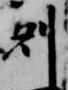
剋